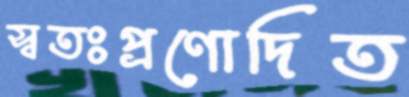
স্বতঃপ্রণোদিত